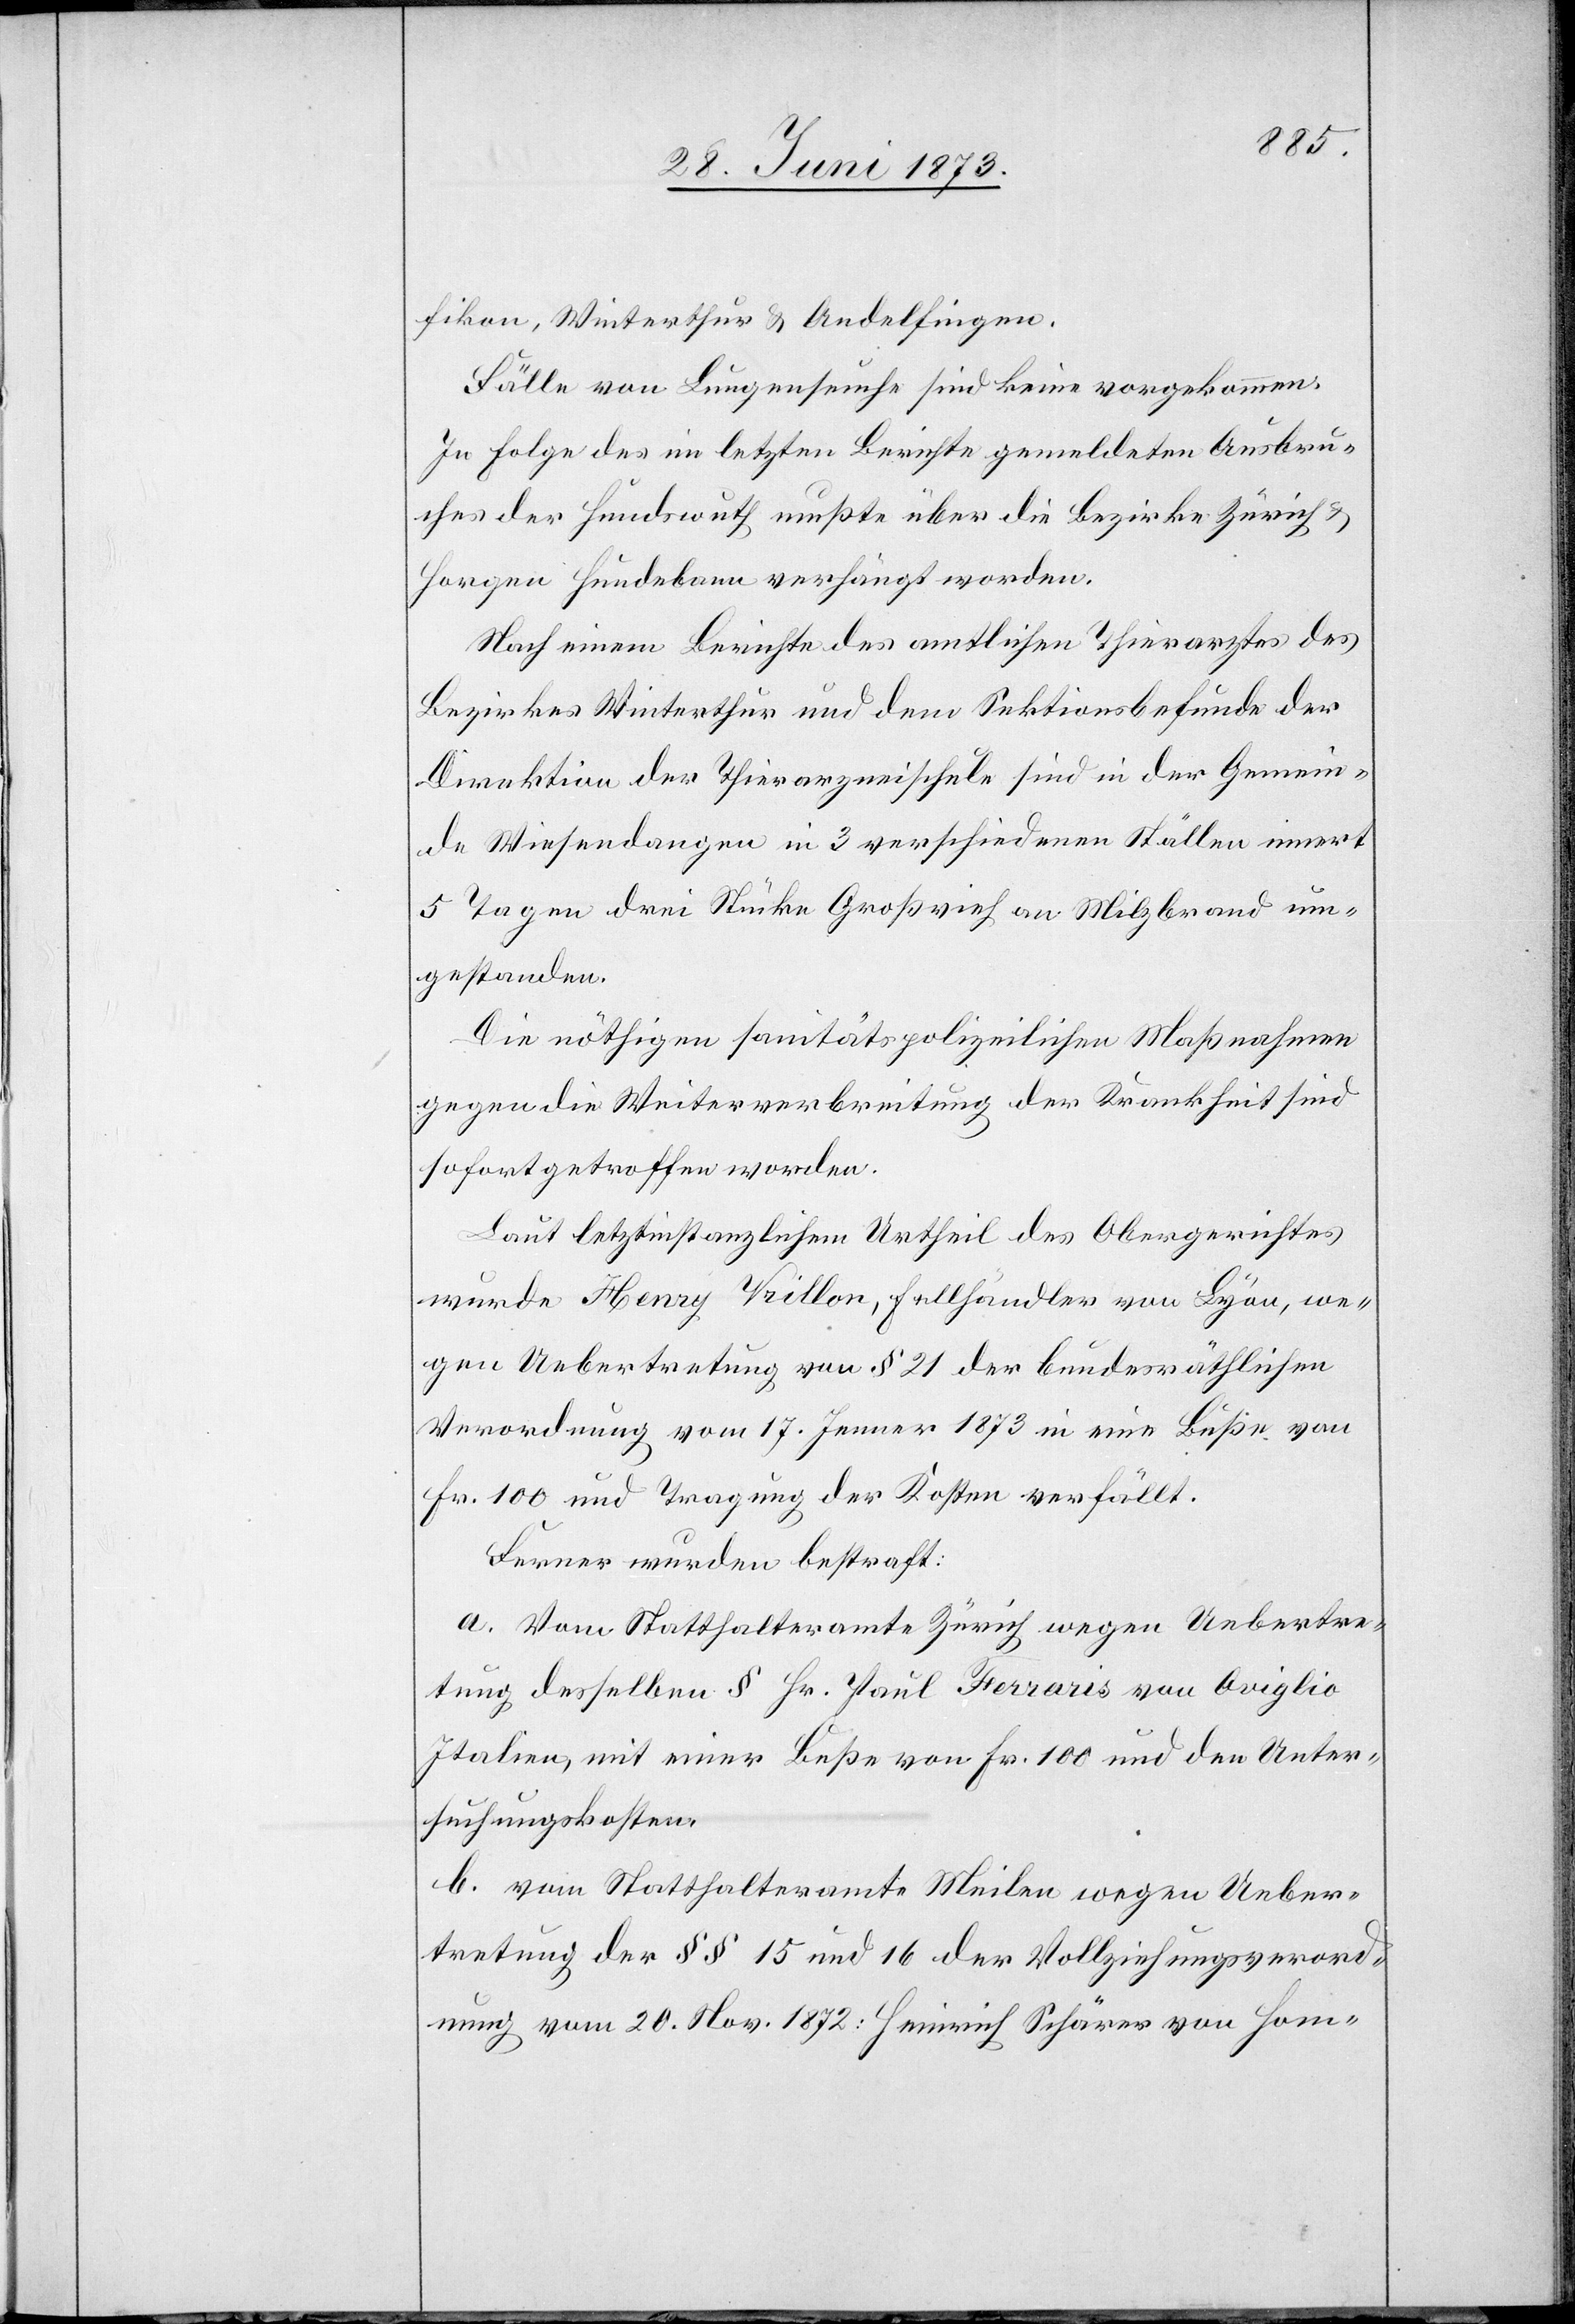
fikon, Winterthur & Andelfingen.
Fälle von Lungenseuche sind keine vorgekommen.
In Folge des im letzten Berichte gemeldeten Ausbru¬
ches der Hundswuth mußte über die Bezirke Zürich &
Horgen Hundebann verhängt worden
Nach einem Berichte des amtlichen Thierarztes des
Bezirkes Winterthur und dem Sektionsbefunde der
Direktion der Thierarzneischule sind in der Gemein¬
de Wiesendangen in 3 verschiedenen Ställen innert
5 Tagen drei Stücke Großvieh an Milzbrand um¬
gestanden.
Die nöthigen sanitätspolizeilichen Maßnahmen
gegen die Weiterverbreitung der Krankheit sind
sofort getroffen worden.
Laut letztinstanzlichem Urtheil des Obergerichtes
wurde Henry Vrillon, Fellhändler von Lyon, we¬
gen Uebertretung von § 21 der bundesräthlichen
Verordnung vom 17. Jenner 1873 in eine Buße von
Fr. 100 und Tragung der Kosten verfällt.
Ferner wurden bestraft:
a. Vom Statthalteramte Zürich wegen Uebertre¬
tung desselben § Hr. Paul Ferraris von Oviglio
Italien, mit einer Buße von Fr. 100 und den Unter¬
suchungskosten.
b. vom Statthalteramte Meilen wegen Ueber¬
tretung der §§ 15 und 16 der Vollziehungsverord¬
nung vom 20. Nov. 1872: Heinrich Schärer von Hom-